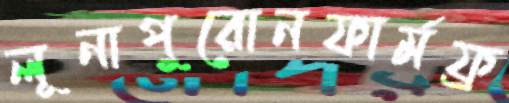
লূনাপুরোনফার্মফ্র